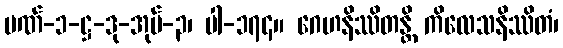
ပဏ်-၁-ဋ္ဌ-ဒု-အုပ်-၃၊ ပါ-၁၇၄။ ဂေဟနိဿိတန္တိ ကိလေသနိဿိတံ၊